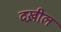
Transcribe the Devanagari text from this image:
दख़ील